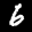
Label: 6